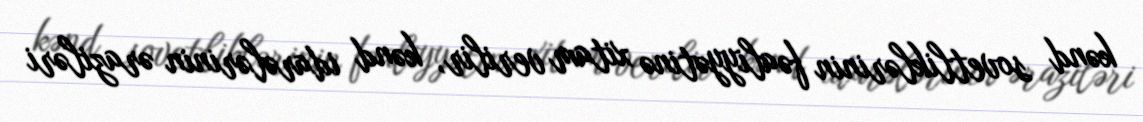
kənd sovetliklərinin fəaliyyətinə xitam verilir, kənd idarələrinin əraziləri